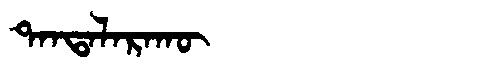
Manchu: ᡨᠠᠨᡨᠠᠯᠠᡵᠠᡴᡡ
Romanization: TANTALARAKŪ